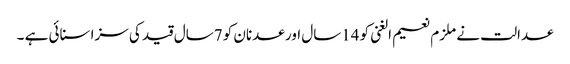
عدالت نے ملزم نعیم الغنی کو 14سال اور عدنان کو 7سال قید کی سزا سنائی ہے ۔